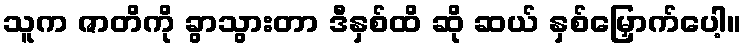
သူက ဇာတိကို ခွာသွားတာ ဒီနှစ်ထိ ဆို ဆယ် နှစ်မြှောက်ပေါ့။